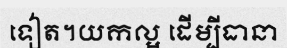
ទៀត។យកល្អ ដើម្បីធានា